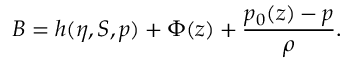
{ \cal B } = h ( \eta , S , p ) + \Phi ( z ) + \frac { p _ { 0 } ( z ) - p } { \rho } .